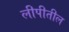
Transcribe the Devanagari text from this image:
लीपीतील